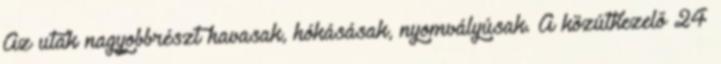
Az utak nagyobbrészt havasak, hókásásak, nyomvályúsak. A közútkezelő 24